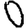
Digit: 0